Report on vaccination in Madras 1904-1921 - 1904-1921
Year: 1904
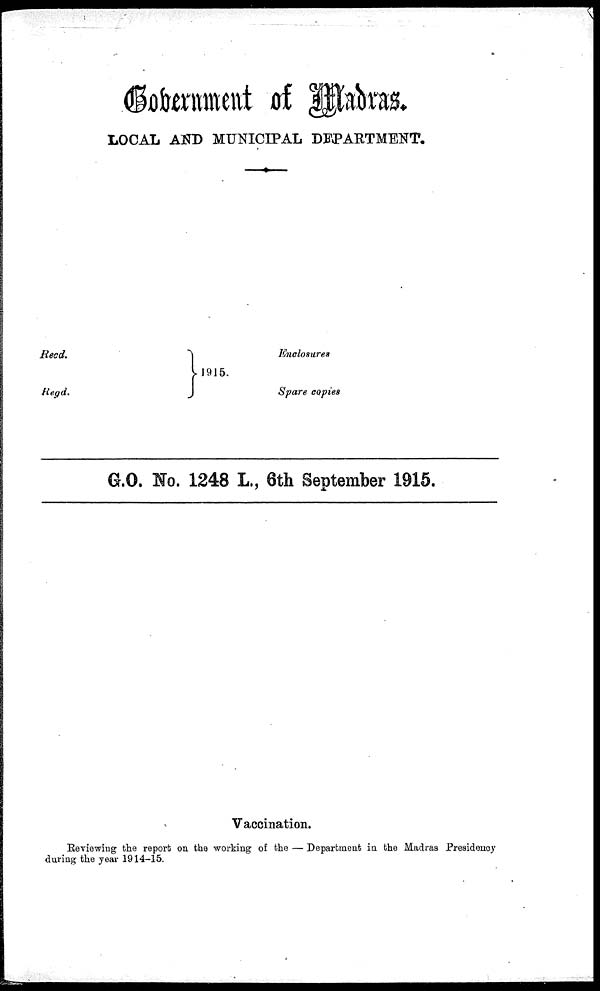
Government of Madras.
LOCAL AND MUNICIPAL DEPARTMENT.
Recd.
Regd.
1915.
Enclosures
Spare copies
G.O. No. 1248 L., 6th September 1915.
Vaccination.
Reviewing the report on the working of the — Department in the Madras Presidency
during the year 1914-15.